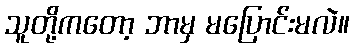
သူတို့ကတော့ ဘာမှ မပြောင်းမလဲ။